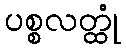
ပစ္စလတ္ထုံ